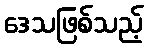
ဒေသဖြစ်သည့်